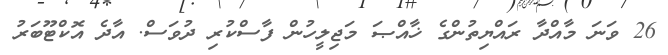
26 ވަނަ މާއްދާ ރައްޔިތުންގެ ޚާއްޞަ މަޖިލީހުން ފާސްކުރި ދުވަސް. އާދެ އޮކްޓޫބަރު